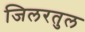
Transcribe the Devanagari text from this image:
जिलरतुल